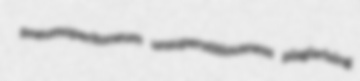
pneumoperitoneum unsuperstitiousness plagiarising